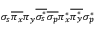
\sigma _ { s } \overline { { \pi _ { x } } } \pi _ { y } \overline { { \sigma _ { s } ^ { * } } } \overline { { \sigma _ { p } } } \pi _ { x } ^ { * } \overline { { \pi _ { y } ^ { * } } } \sigma _ { p } ^ { * }